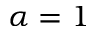
\alpha = 1